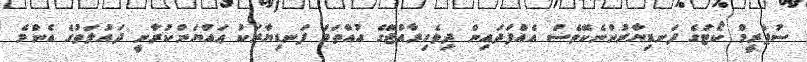
ސުޕްރީމް ކޯޓުގެ ފަނޑިޔާރުންނެކޭވެސް އެއްފަދައިން ދިވެހިރާއްޖޭގެ އުއްތަމަ ފަނޑިޔާރަކު ޢައްޔަންކުރާނީ ދައުލަތުގެ އެންމެ